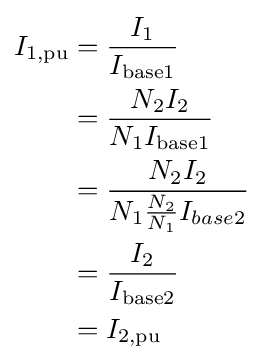
{\begin{aligned}I_{\text{1,pu}}&={\frac {I_{1}}{I_{\text{base1}}}}\\&={\frac {N_{2}I_{2}}{N_{1}I_{\text{base1}}}}\\&={\frac {N_{2}I_{2}}{N_{1}{\frac {N_{2}}{N_{1}}}I_{base2}}}\\&={\frac {I_{2}}{I_{\text{base2}}}}\\&=I_{\text{2,pu}}\\\end{aligned}}